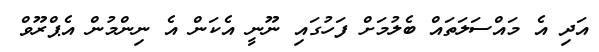
އަދި އެ މައްސަލަތައް ބެލުމަށް ފަހުގައި ނޫނީ އެކަން އެ ނިންމުން އެޕްރޫވް